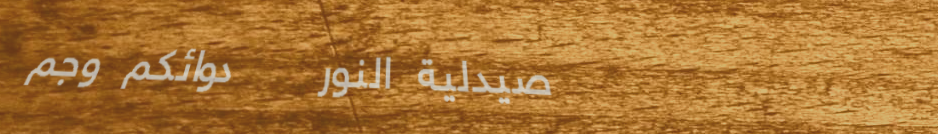
صيدلية النور   دوائكم وجم